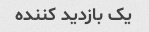
یک بازدید کننده